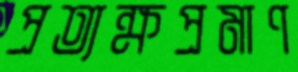
প্রত্যক্ষপ্রমাণ